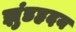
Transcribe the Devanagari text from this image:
झुंडहृदय